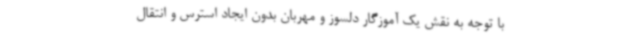
با توجه به نقش یک آموزگار دلسوز و مهربان بدون ایجاد استرس و انتقال